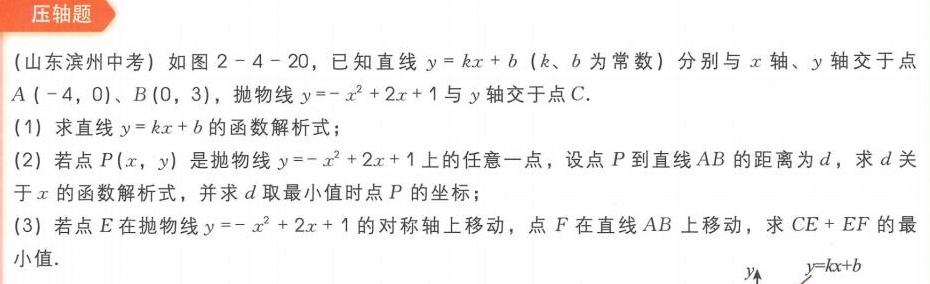
**压轴题**
（山东滨州中考）如图2 - 4 - 20，已知直线\(y = kx + b\)（\(k、b\)为常数）分别与\(x\)轴、\(y\)轴交于点\(A(-4,0)\)、\(B(0,3)\)，抛物线\(y=-x^{2}+2x + 1\)与\(y\)轴交于点\(C\)。
(1) 求直线\(y = kx + b\)的函数解析式；
(2) 若点\(P(x,y)\)是抛物线\(y=-x^{2}+2x + 1\)上的任意一点，设点\(P\)到直线\(AB\)的距离为\(d\)，求\(d\)关于\(x\)的函数解析式，并求\(d\)取最小值时点\(P\)的坐标；
(3) 若点\(E\)在抛物线\(y=-x^{2}+2x + 1\)的对称轴上移动，点\(F\)在直线\(AB\)上移动，求\(CE + EF\)的最小值。